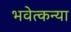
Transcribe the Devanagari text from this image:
भवेत्कन्या